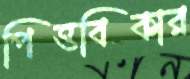
পিত্তবিকার